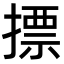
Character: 摽